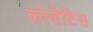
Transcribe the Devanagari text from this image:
कोलेटिस